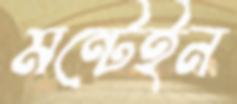
মন্টেইন